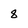
Character: 8